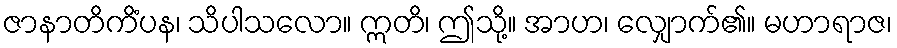
ဇာနာတိကိံပန၊ သိပါသလော။ ဣတိ၊ ဤသို့။ အာဟ၊ လျှောက်၏။ မဟာရာဇ၊